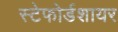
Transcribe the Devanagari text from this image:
स्टेफोर्डशायर